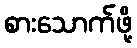
စားသောက်ဖို့